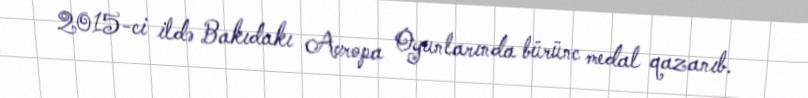
2015-ci ildə Bakıdakı Avropa Oyunlarında bürünc medal qazanıb.